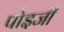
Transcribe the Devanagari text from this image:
पोइजी